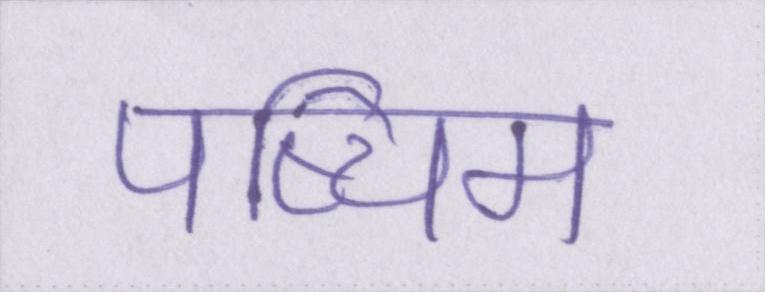
पष्चिम